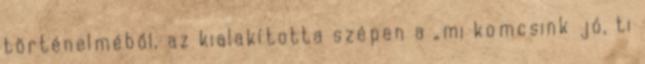
történelméből, az kialakította szépen a „mi komcsink jó, ti